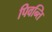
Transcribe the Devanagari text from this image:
पिवन्ति